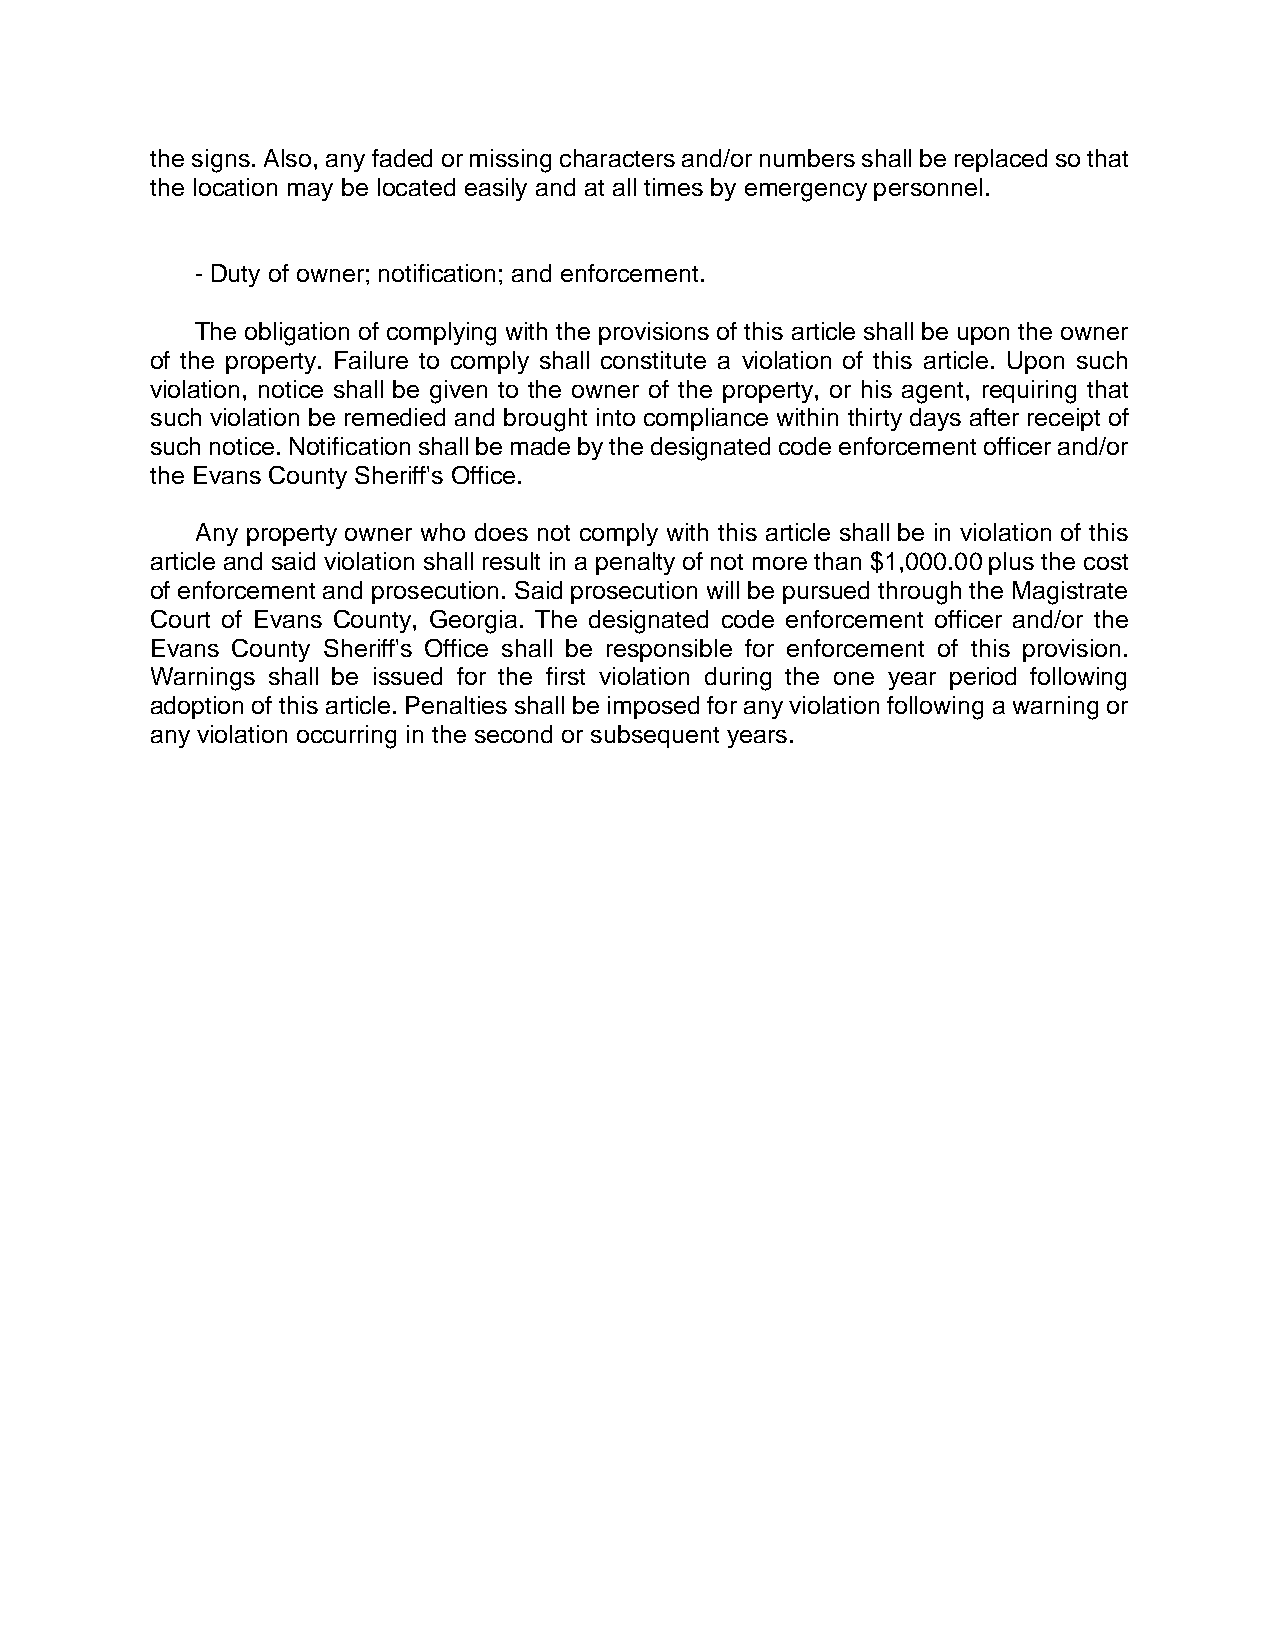
the signs. Also, any faded or missing characters and/or numbers shall be replaced so that
 the location may be located easily and at all times by emergency personnel.
 - Duty of owner; notification; and enforcement.
 The obligation of complying with the provisions of this article shall be upon the owner
 of the property. Failure to comply shall constitute a violation of this article. Upon such
 violation, notice shall be given to the owner of the property, or his agent, requiring that
 such violation be remedied and brought into compliance within thirty days after receipt of
 such notice. Notification shall be made by the designated code enforcement officer and/or
 the Evans County Sheriff's Office.
 Any property owner who does not comply with this article shall be in violation of this
 article and said violation shall result in a penalty of not more than $1,000.00 plus the cost
 of enforcement and prosecution. Said prosecution will be pursued through the Magistrate
 Court of Evans County, Georgia. The designated code enforcement officer and/or the
 Evans County Sheriff's Office shall be responsible for enforcement of this provision.
 Warnings shall be issued for the first violation during the one year period following
 adoption of this article. Penalties shall be imposed for any violation following a warning or
 any violation occurring in the second or subsequent years.